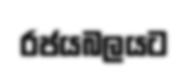
රජයබලයට